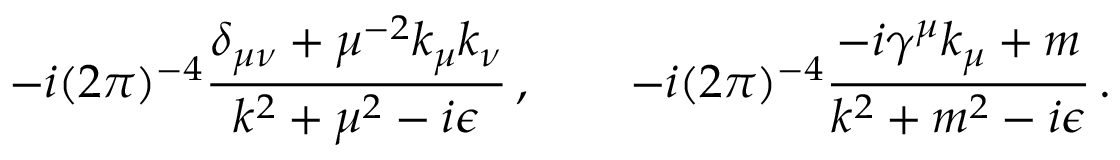
- i ( 2 \pi ) ^ { - 4 } { \frac { \delta _ { \mu \nu } + \mu ^ { - 2 } k _ { \mu } k _ { \nu } } { k ^ { 2 } + \mu ^ { 2 } - i \epsilon } } \, , \qquad - i ( 2 \pi ) ^ { - 4 } { \frac { - i \gamma ^ { \mu } k _ { \mu } + m } { k ^ { 2 } + m ^ { 2 } - i \epsilon } } \, .